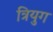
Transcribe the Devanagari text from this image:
त्रियुग